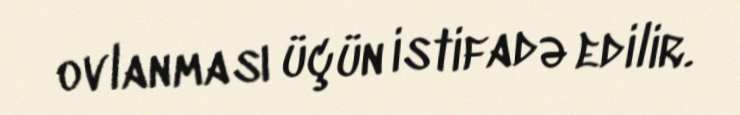
ovlanması üçün istifadə edilir.